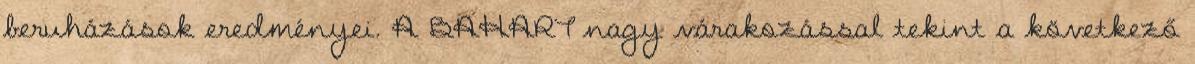
beruházások eredményei. A BAHART nagy várakozással tekint a következő